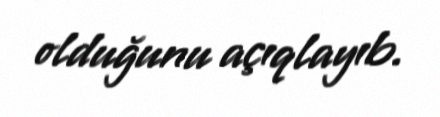
olduğunu açıqlayıb.